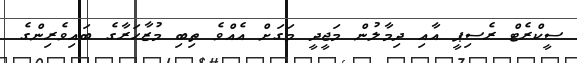
ސީކްރެޓް ރެސިޕީ އާއި ދިމާލުން މަޖީދީ މަގަށް އެއްވެ ތިބި މުޒާހަރާގެ ބައިވެރިންގެ